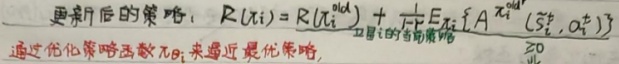
更新后的策略：\(R(\pi_{i}) = R(\pi_{i}^{\text{old}})+\frac{1}{1 - \gamma}E_{\pi_{i}^{\text{old}}}[A^{\pi_{i}^{\text{old}}}(s_{t}^{i},a_{t}^{i})]\) 通过优化策略函数 \(\pi_{\theta}\) 来逼近最优策略。  （注：图中“\(\pi_{i}\)”“\(\pi_{i}^{\text{old}}\)”“\(\pi_{i}^{\text{old}}\)”“\(s_{t}^{i}\)”“\(a_{t}^{i}\)”等是公式中的变量，“\(R\)”可能是回报相关函数，“\(\gamma\)”可能是折扣因子，“\(E\)”是期望，“\(A\)”可能是优势函数 ）